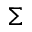
\Sigma